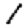
Digit: 1